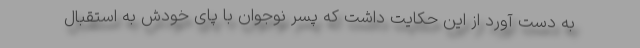
به دست آورد از این حکایت داشت که پسر نوجوان با پای خودش به استقبال